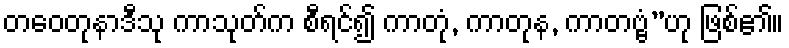
တဝေတုနာဒီသု ကာသုတ်က စီရင်၍ ကာတုံ, ကာတုန, ကာတဗ္ဗံ”ဟု ဖြစ်၏။